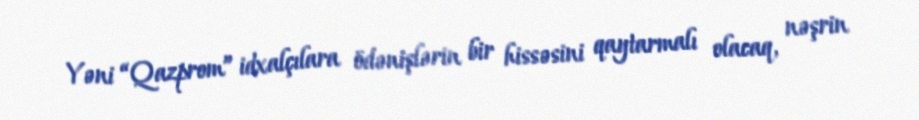
Yəni “Qazprom” idxalçılara ödənişlərin bir hissəsini qaytarmalı olacaq, nəşrin